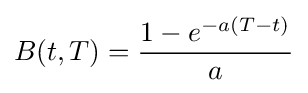
B(t,T)={\frac {1-e^{-a(T-t)}}{a}}